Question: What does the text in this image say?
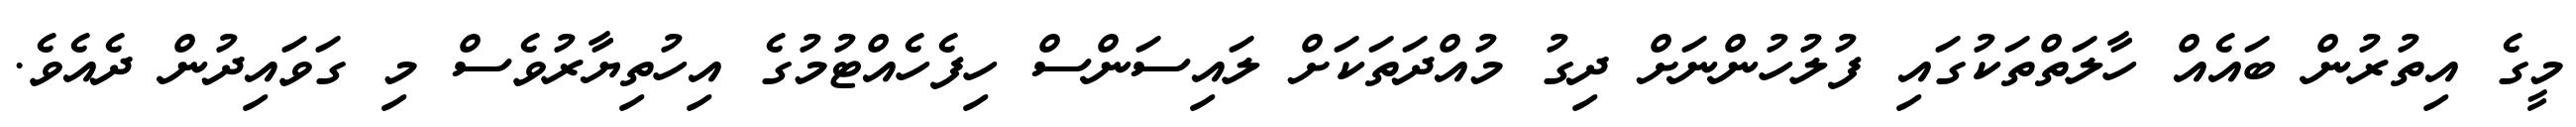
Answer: މީގެ އިތުރުން ބައެއް ހާލަތްތަކުގައި ފުލުހުންނަށް ދިގު މުއްދަތަކަށް ލައިސަންސް ހިފެހެއްޓުމުގެ އިހުތިޔާރުވެސް މި ގަވައިދުން ދެއެވެ.